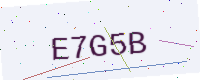
Text: E7G5B